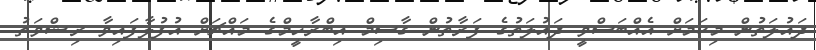
ދައުލަތުން މިކަމަށް އެއްބަސްވީ ދައުލަތުގެ ފަރާތުން ގާސިމް އިބްރާހީމްގެ މައްޗަށް އުފުލާފައިވާ ރިޝްވަތު